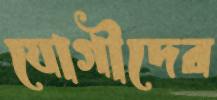
যোগীদের